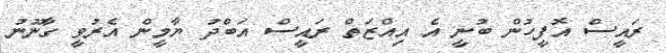
ރައީސް އޮފީހުން ބުނީ އެ އިއްޒަތް ރައީސް އަބްދު ޔާމީން އެރުވީ ގާނޫނު